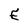
Character: E